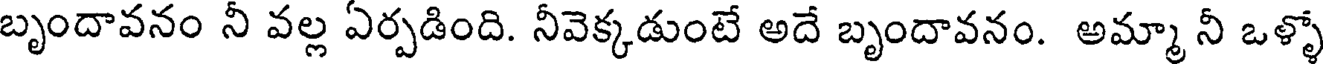
బృందావనం నీ వల్ల ఏర్పడింది. నీవెక్కడుంటే అదే బృందావనం. అమ్మా నీ ఒళ్ళో